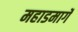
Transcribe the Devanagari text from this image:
महाडमार्गे